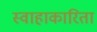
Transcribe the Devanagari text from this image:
स्वाहाकारिता